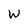
Character: W